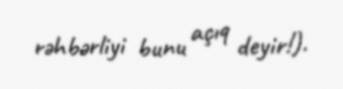
rəhbərliyi bunu açıq deyir!).